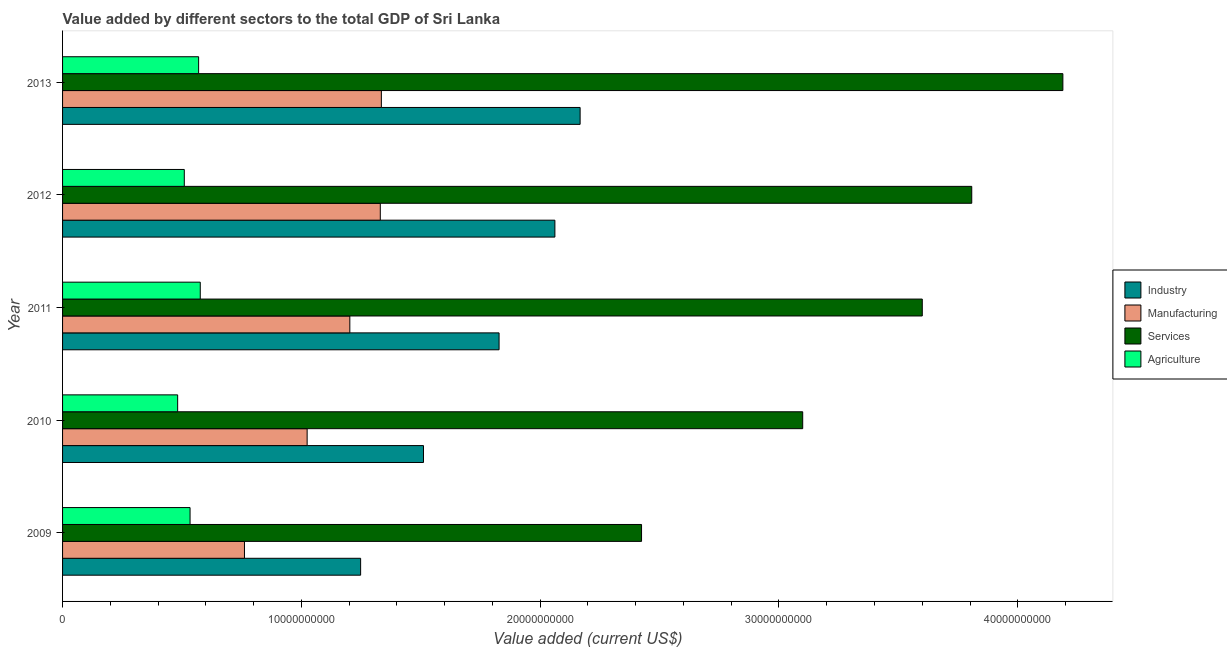
| Year | Industry | Manufacturing | Services | Agriculture |
 | --- | --- | --- | --- | --- |
 | 2009 | 1.25e+10 | 7.62e+09 | 2.42e+10 | 5.34e+09 |
 | 2010 | 1.51e+10 | 1.02e+10 | 3.1e+10 | 4.82e+09 |
 | 2011 | 1.83e+10 | 1.2e+10 | 3.6e+10 | 5.77e+09 |
 | 2012 | 2.06e+10 | 1.33e+10 | 3.81e+10 | 5.1e+09 |
 | 2013 | 2.17e+10 | 1.34e+10 | 4.19e+10 | 5.7e+09 |